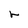
Character: r